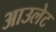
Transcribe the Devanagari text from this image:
आउलेट